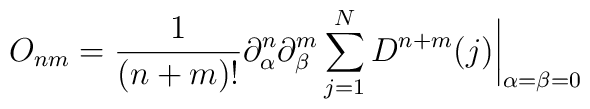
O_{nm}  =    {1\over(n+m)!}  \partial_\alpha^n  \partial_\beta^m\sum_{j=1}^N D^{n+m}(j)\biggr|_{\alpha=\beta=0}